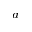
^ a